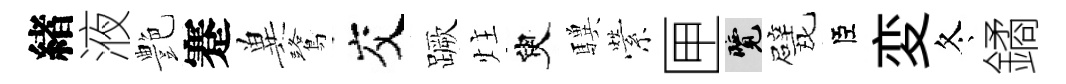
緖液艶蹇兾鷺交蹶炷臾驥縈匣覽戏臣変冬鐍